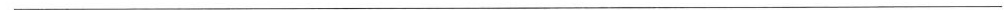
___